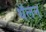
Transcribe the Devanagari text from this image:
थॅलन